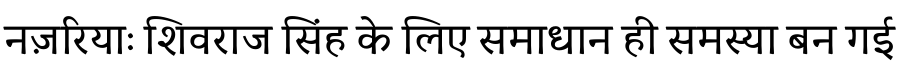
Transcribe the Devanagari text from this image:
नज़रियाः शिवराज सिंह के लिए समाधान ही समस्या बन गई